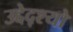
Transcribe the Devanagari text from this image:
उद्देद्श्यो